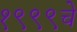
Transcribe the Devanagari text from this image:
१९९९चे